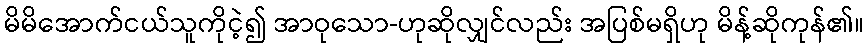
မိမိအောက်ငယ်သူကိုငဲ့၍ အာဝုသော-ဟုဆိုလျှင်လည်း အပြစ်မရှိဟု မိန့်ဆိုကုန်၏။